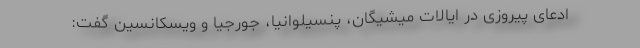
ادعای پیروزی در ایالات میشیگان، پنسیلوانیا، جورجیا و ویسکانسین گفت: